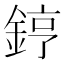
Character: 𨧤